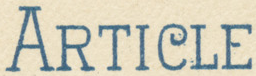
ARTICLE